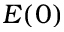
E ( 0 )